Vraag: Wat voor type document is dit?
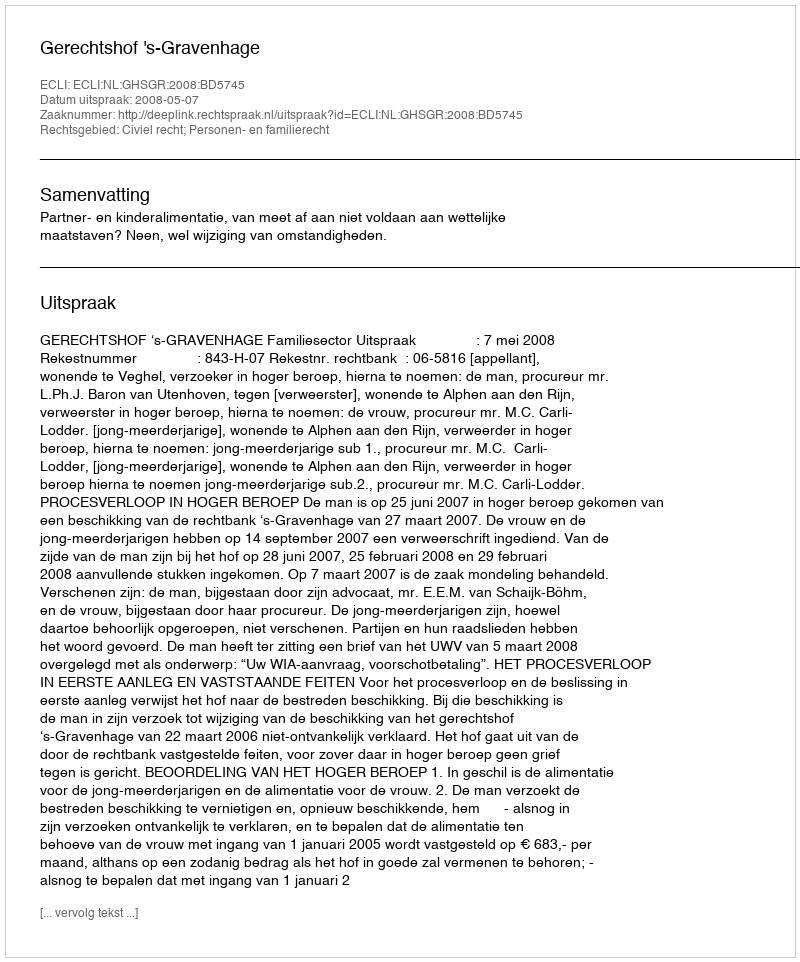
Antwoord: Uitspraak